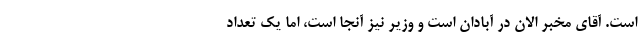
است. آقای مخبر الان در آبادان است و وزیر نیز آنجا است، اما یک تعداد